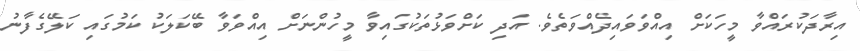
އިރާދަކުރައްވާ މީހަކަށް އިއްވަވައިދެއްވަތެވެ. އަދި ކަށްވަޅުތަކުގައިވާ މީހުންނަށް އިއްވަވާ ބޭކަލަކު ކަމުގައި ކަލޭގެފާނު